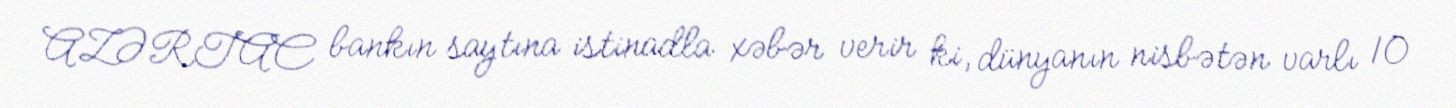
AZƏRTAC bankın saytına istinadla xəbər verir ki, dünyanın nisbətən varlı 10